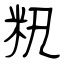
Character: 籸